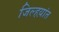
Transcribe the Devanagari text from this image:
जिल्हय़ांत